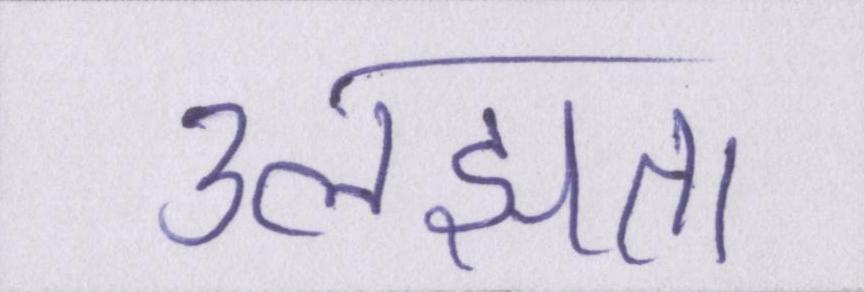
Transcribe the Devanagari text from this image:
उलझता